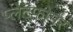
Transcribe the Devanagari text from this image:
प्लेटफोर्मर